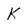
Character: k